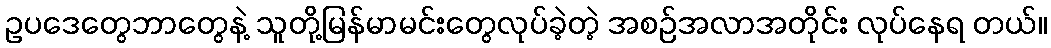
ဥပဒေတွေဘာတွေနဲ့ သူတို့မြန်မာမင်းတွေလုပ်ခဲ့တဲ့ အစဉ်အလာအတိုင်း လုပ်နေရ တယ်။